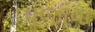
પૂજાવા